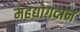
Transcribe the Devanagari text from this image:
महद्योगदान